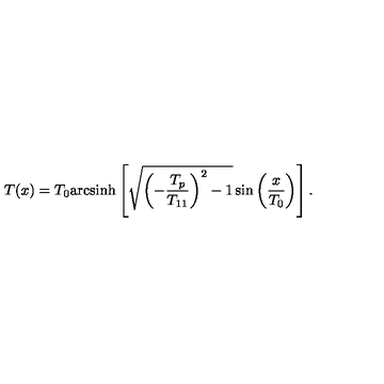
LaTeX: T ( x ) = T _ { 0 } \mathrm { a r c s i n h } \left[ \sqrt { \left( - \frac { T _ { p } } { T _ { 1 1 } } \right) ^ { 2 } - 1 } \sin \left( \frac { x } { T _ { 0 } } \right) \right] .